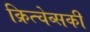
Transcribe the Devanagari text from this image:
क्रित्चेव्सकी